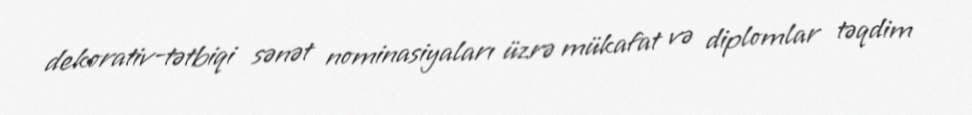
dekorativ-tətbiqi sənət nominasiyaları üzrə mükafat və diplomlar təqdim